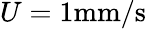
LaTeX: U=1\mathrm{mm/s}